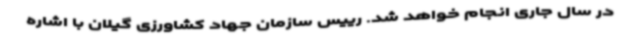
در سال جاری انجام خواهد شد. رییس سازمان جهاد کشاورزی گیلان با اشاره